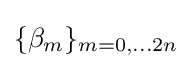
\{\beta _{m}\}_{m=0,\dots 2n}